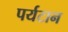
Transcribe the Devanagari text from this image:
पर्यटान